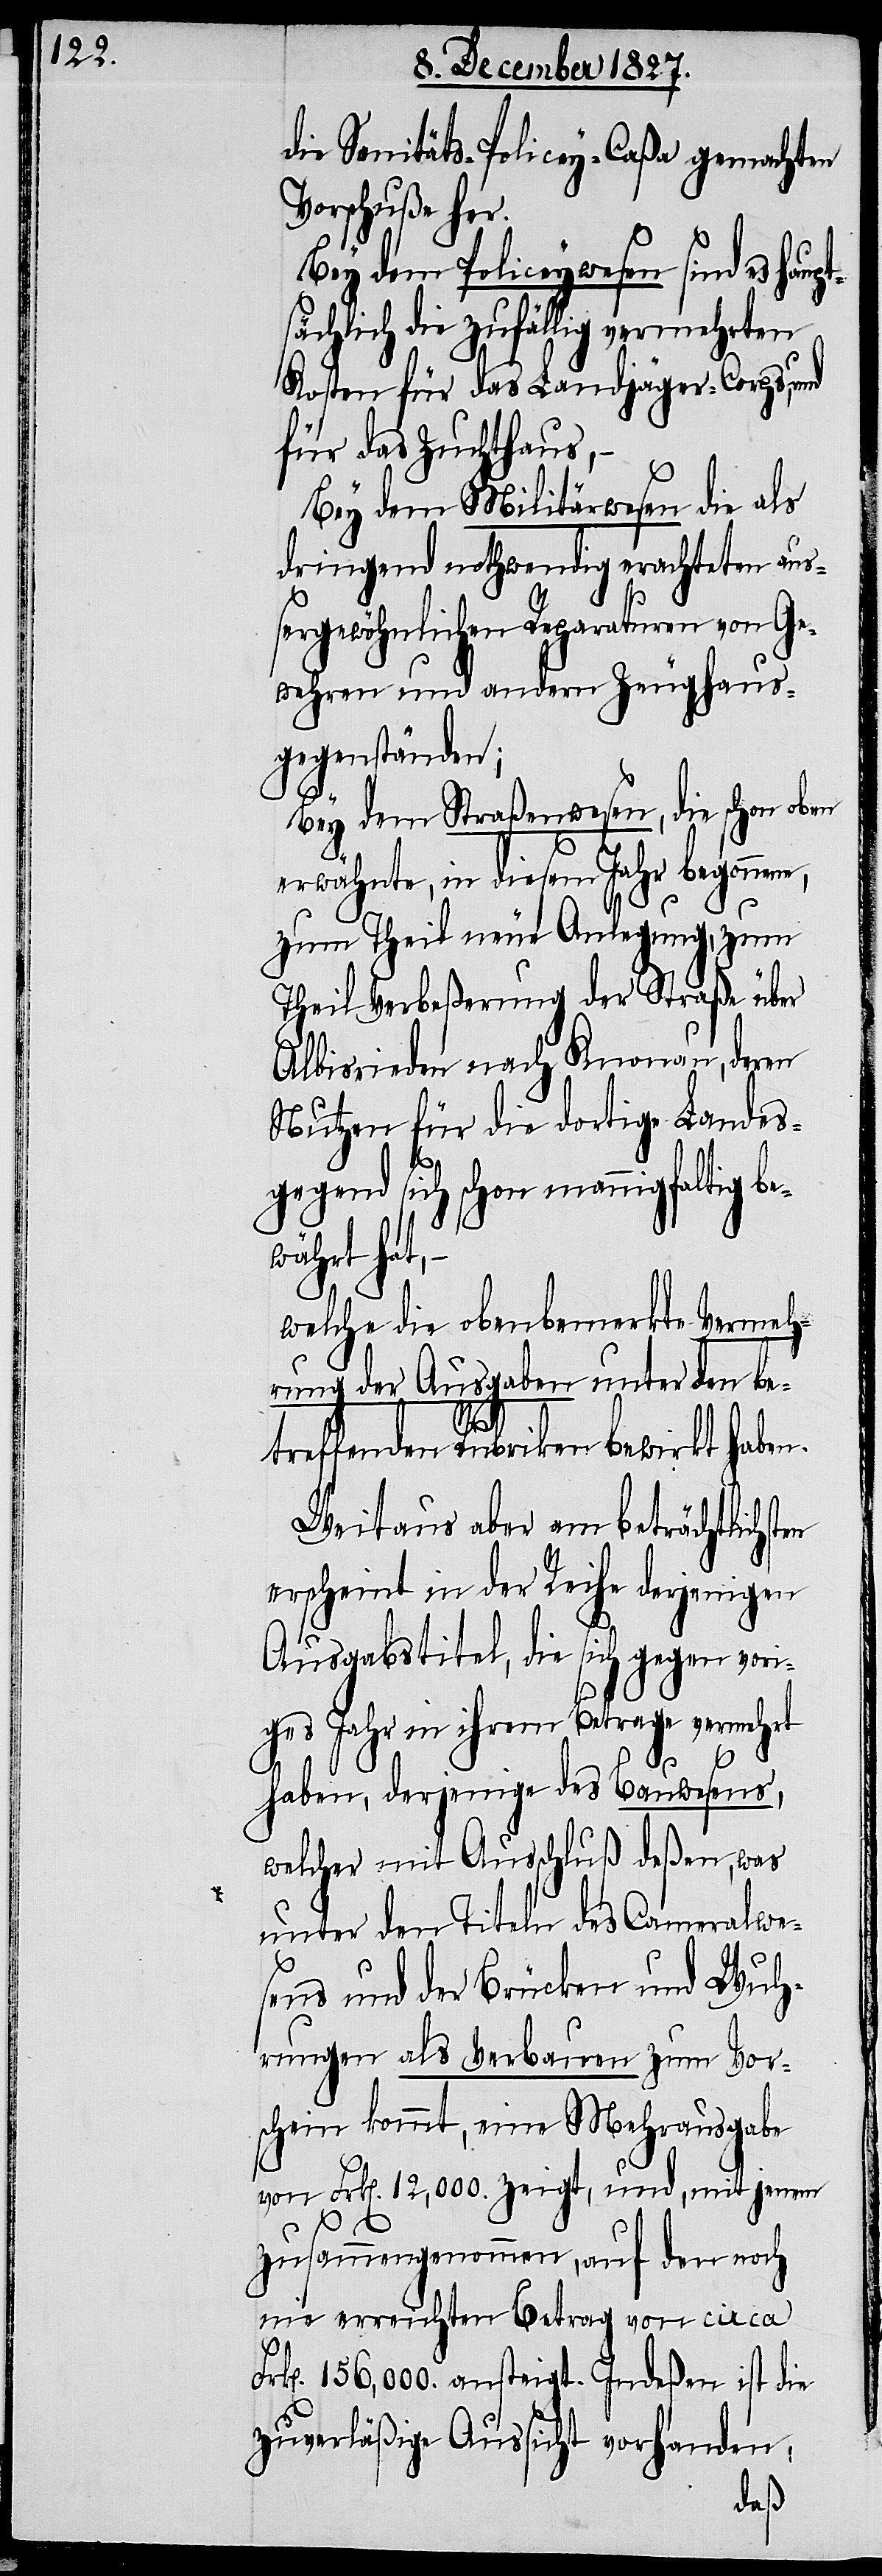
die Sanitäts-Policey-Caßa gemachten
Vorschuß her.
en
Bey dem Policeywesen sind es hau¬
ächlich die zufällig vermehrten
Kosten für das Landjäger-Corps, und
für das Zuchthaus,
Bey dem Militärwesen die als
dringend nothwendig erachteten au¬
ßergewöhnlichen Reparaturen von Ge¬
wehren und andern Zeughaus¬
gegenständen;
Bey dem Straßenwesen, die schon oben
erwähnte, in diesem Jahr begonnene,
zum Theil neue Anlegung, zum
Theil Verbeßerung der Straße über
Albisrieden nach Knonau, deren
Nutzen für die dortige Landes¬
gegend sich schon mannigfaltig be¬
währt hat.
welche die obenbemerkte Vermeh¬
rung der Ausgaben unter den be¬
treffenden Rubriken bewirkt haben.
Weitaus aber am beträchtlichst¬
erscheint in der Reihe derjenigen
Ausgabstitel, die sich gegen vori¬
ges Jahr in ihrem Betrage vermehrt
haben, derjenige des Bauwesens,
welcher mit Ausschluß deßen, was
unter den Titeln des Cameralwe¬
sens und der Brücken und Wuh¬
rungen als Verbauen zum Vor¬
schein kommt, eine Mehrausgabe
von Frk[en]. 12,000. zeigt, und, mit jenem
zusammengenommen, auf den noch
nie erreichten Betrag von circa Fr¬
k[en]. 156,000. ansteigt. Indeßen ist die
zuverläßige Aussicht vorhanden,